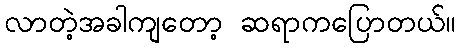
လာတဲ့အခါကျတော့ ဆရာကပြောတယ်။